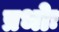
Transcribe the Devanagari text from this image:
प्रभोः